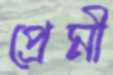
প্রেমী